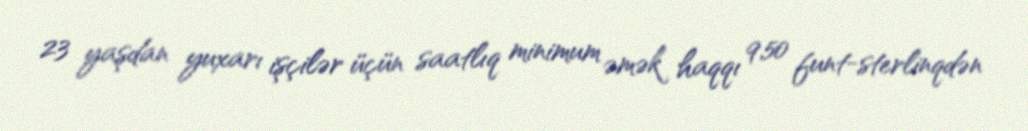
23 yaşdan yuxarı işçilər üçün saatlıq minimum əmək haqqı 9,50 funt-sterlinqdən